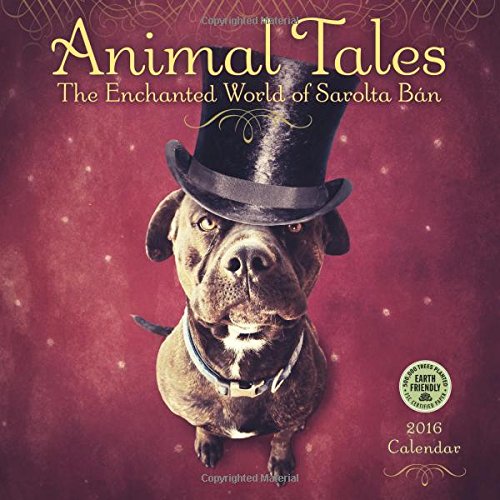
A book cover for Animal Tales 2016 Wall Calendar: The Enchanted World of Sarolta Ban; Sarolta Ban; Arts & Photography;